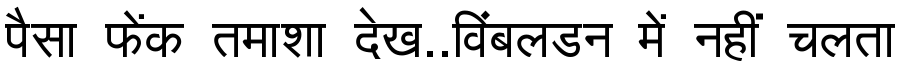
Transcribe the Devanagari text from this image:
पैसा फेंक तमाशा देख..विंबलडन में नहीं चलता